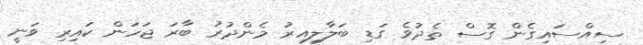
ސިއްސައިގެން ގޮސް ތެދުވެ ގަޑި ބަލާލިއިރު މެންދުރު ބާރަ ޖަހަން ކައިރި ވަނީ